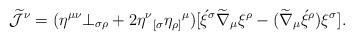
LaTeX: \begin{align*}\widetilde{\cal J}^{\nu} = (\eta^{\mu\nu} \bot_{\sigma\rho} +2 \eta^{\nu} {_{[\sigma}} \eta_{\rho ]} {^{\mu}})[\acute{\xi}^{\sigma} \widetilde{\nabla}_{\mu} \xi^{\rho} -(\widetilde{\nabla}_{\mu} \acute{\xi}^{\rho}) \xi^{\sigma}].\end{align*}